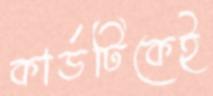
কার্ডটিকেই